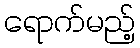
ရောက်မည့်